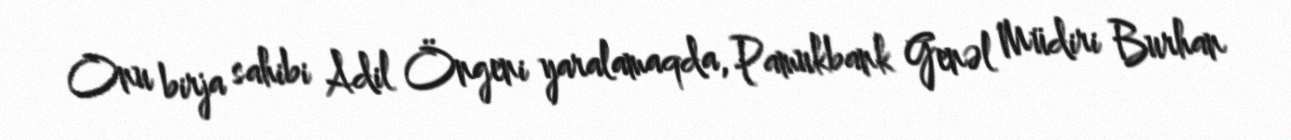
Onu birja sahibi Adil Öngeni yaralamaqda, Pamukbank Genəl Müdiri Burhan